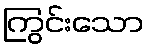
ကြွင်းသော